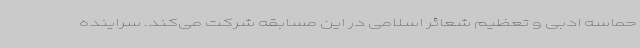
حماسه ادبی و تعظیم شعائر اسلامی در این مسابقه شرکت می‌کند. سراینده